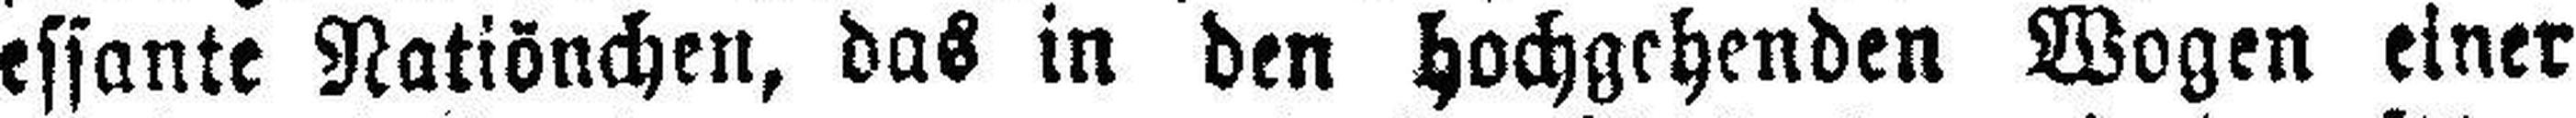
essante Natiönchen, das in den hochgehenden Wogen einer